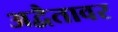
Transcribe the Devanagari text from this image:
अद्वैतावर